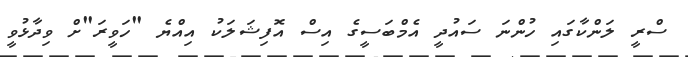
ސްރީ ލަންކާގައި ހުންނަ ސައުދީ އެމްބަސީގެ އިސް އޮފިޝަލަކު އިއްޔެ "ހަވީރަ"ށް ވިދާޅުވީ